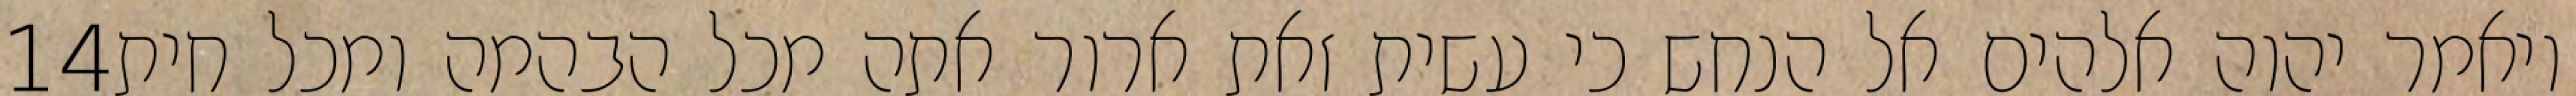
‎14‏ ויאמר יהוה אלהים אל הנחש כי עשית זאת ארור אתה מכל הבהמה ומכל חית